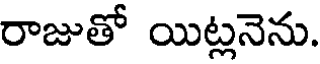
రాజుతో యిట్లనెను.